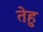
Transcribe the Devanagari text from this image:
तेहु